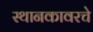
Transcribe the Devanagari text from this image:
स्थानकावरचे